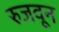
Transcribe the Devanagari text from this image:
रुजवून